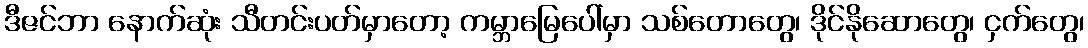
ဒီဇင်ဘာ နောက်ဆုံး သီတင်းပတ်မှာတော့ ကမ္ဘာမြေပေါ်မှာ သစ်တောတွေ၊ ဒိုင်နိုဆောတွေ၊ ငှက်တွေ၊